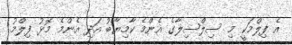
އެ ފިލްމަކީ މި ސިލްސިލާގެ އެންމެ ކާމިޔާބު އަދި އެންމެ މޮޅު ފިލްމު